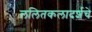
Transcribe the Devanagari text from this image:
ललितकलादर्शचे